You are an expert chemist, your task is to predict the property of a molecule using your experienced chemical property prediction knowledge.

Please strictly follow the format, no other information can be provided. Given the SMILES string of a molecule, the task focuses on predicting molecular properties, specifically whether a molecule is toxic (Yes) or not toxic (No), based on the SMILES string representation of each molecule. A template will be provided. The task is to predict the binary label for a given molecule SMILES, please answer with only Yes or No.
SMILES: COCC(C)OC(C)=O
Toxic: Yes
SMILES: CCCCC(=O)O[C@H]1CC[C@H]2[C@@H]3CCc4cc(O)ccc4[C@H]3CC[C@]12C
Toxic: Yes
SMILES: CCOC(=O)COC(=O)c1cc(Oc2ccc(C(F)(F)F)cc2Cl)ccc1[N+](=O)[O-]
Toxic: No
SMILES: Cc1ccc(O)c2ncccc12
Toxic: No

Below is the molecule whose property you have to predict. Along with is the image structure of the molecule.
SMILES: NS(=O)(=O)c1cc2c(cc1Cl)CN(C1CCCCC1)C2=O
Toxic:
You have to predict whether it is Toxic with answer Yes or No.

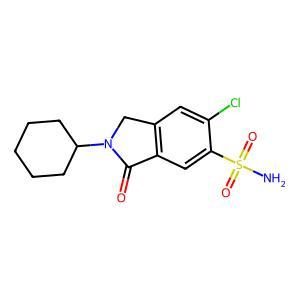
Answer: No